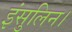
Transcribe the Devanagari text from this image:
इंसुलिन।